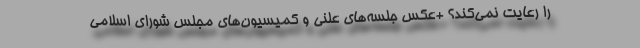
را رعایت نمی‌کند؟ +عکس جلسه‌های علنی و کمیسیون‌های مجلس شورای اسلامی